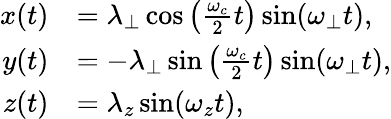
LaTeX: \begin{array}{rl}{x(t)}&{=\lambda_{\perp}\cos\left(\frac{\omega_{c}}{2}t\right)\sin(\omega_{\perp}t),}\\ {y(t)}&{=-\lambda_{\perp}\sin\left(\frac{\omega_{c}}{2}t\right)\sin(\omega_{\perp}t),}\\ {z(t)}&{=\lambda_{z}\sin(\omega_{z}t),}\end{array}